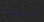
مسروقة